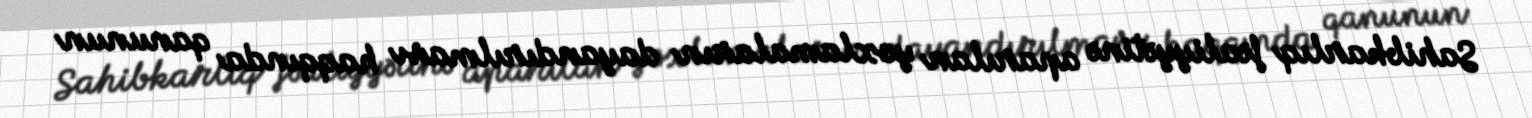
Sahibkarlıq fəaliyyətinə aparılan yoxlamaların dayandırılması haqqında qanunun